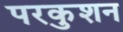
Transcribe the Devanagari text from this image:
परकुशन